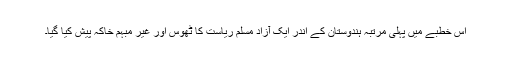
اس خطبے میں پہلی مرتبہ ہندوستان کے اندر ایک آزاد مسلم ریاست کا ٹھوس اور غیر مبہم خاکہ پیش کیا گیا۔